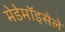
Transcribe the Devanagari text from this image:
मेडेमॉइसेले